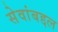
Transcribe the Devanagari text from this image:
सेवांबद्दल